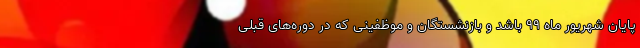
پایان شهریور ماه ۹۹ باشد و بازنشستگان و موظفینی که در دوره‌های قبلی